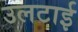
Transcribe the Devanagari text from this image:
उलटाई